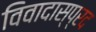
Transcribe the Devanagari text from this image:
विवादास्प्रद